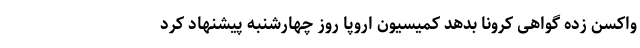
واکسن زده گواهی کرونا بدهد کمیسیون اروپا روز چهارشنبه پیشنهاد کرد